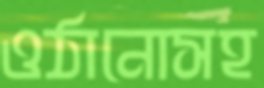
ওঠানোসহ